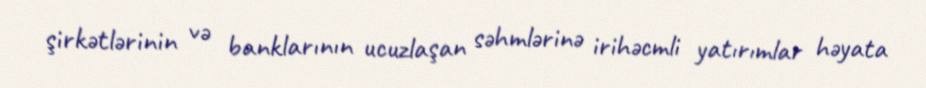
şirkətlərinin və banklarının ucuzlaşan səhmlərinə irihəcmli yatırımlar həyata